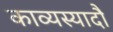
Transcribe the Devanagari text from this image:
काव्यस्यादौ